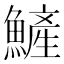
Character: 𩻏